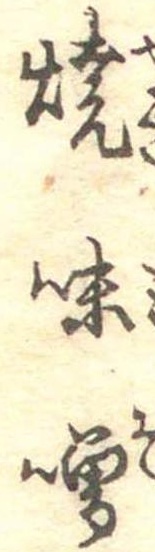
焼味噌